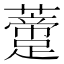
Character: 𧂨